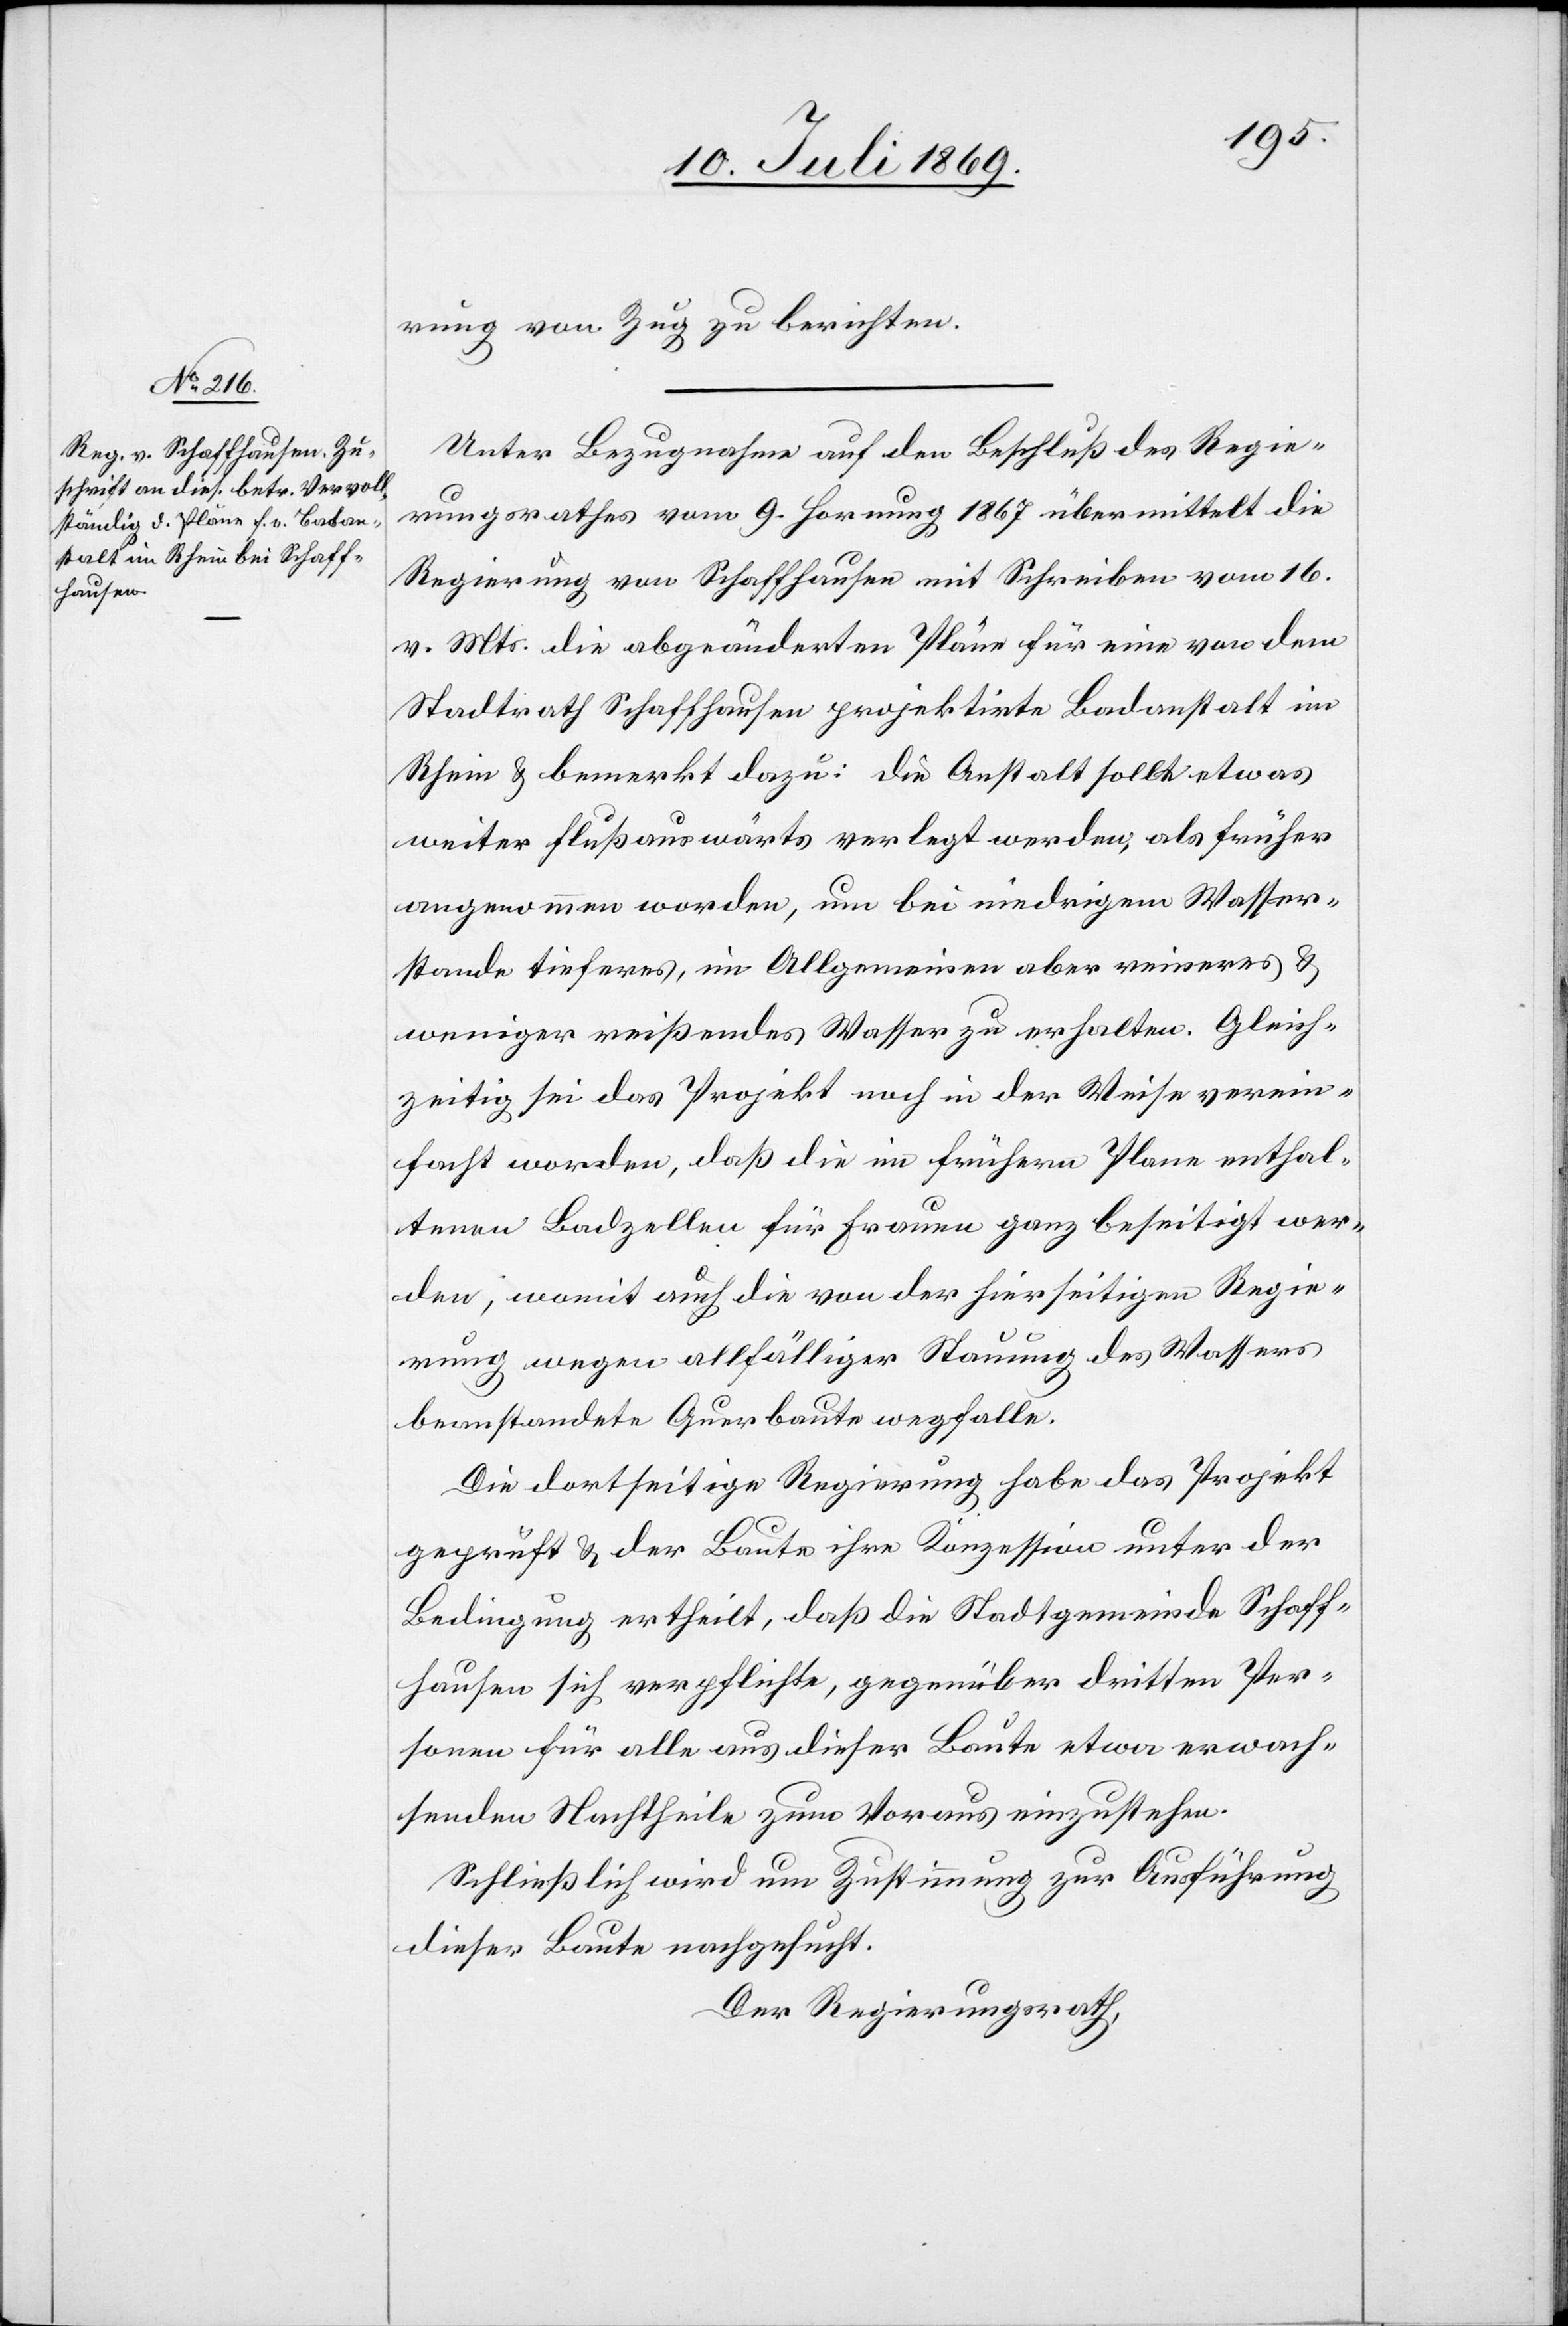
rung von Zug zu berichten.
Unter Bezugnahme auf den Beschluß des Regie¬
rungsrathes vom 9 Hornung 1867 übermittelt die
Regierung von Schaffhausen mit Schreiben vom 16
v. Mts. die abgeänderten Pläne für eine von dem
Stadtrath Schaffhausen projektirte Badanstalt im
Rhein u. bemerkt dazu: die Anstalt sollte etwas
weiter flußaufwärts verlegt werden, als früher
angenommen worden, um bei niedrigem Wasser¬
stande tieferes, im Allgemeinen aber reineres u.
weniger reißendes Wasser zu erhalten. Gleich¬
zeitig sei das Projekt noch in der Weise verein¬
facht worden, daß die im frühern Plane enthal¬
tenen Badzellen für Frauen ganz beseitigt wer¬
den, womit auch die von der hierseitigen Regie¬
rung wegen allfälliger Stauung des Wassers
beanstandete Querkante wegfalle.
Die dortseitige Regierung habe das Projekt
geprüft u. der Baute ihre Konzession unter der
Bedingung ertheilt, daß die Stadtgemeinde Schaff¬
hausen sich verpflichte, gegenüber dritten Per¬
sonen für alle aus dieser Baute etwa erwach¬
senden Nachtheile zum Voraus einzustehen.
Schließlich wird um Zustimmung zur Ausführung
dieser Baute nachgesucht.
Der Regierungsrath,